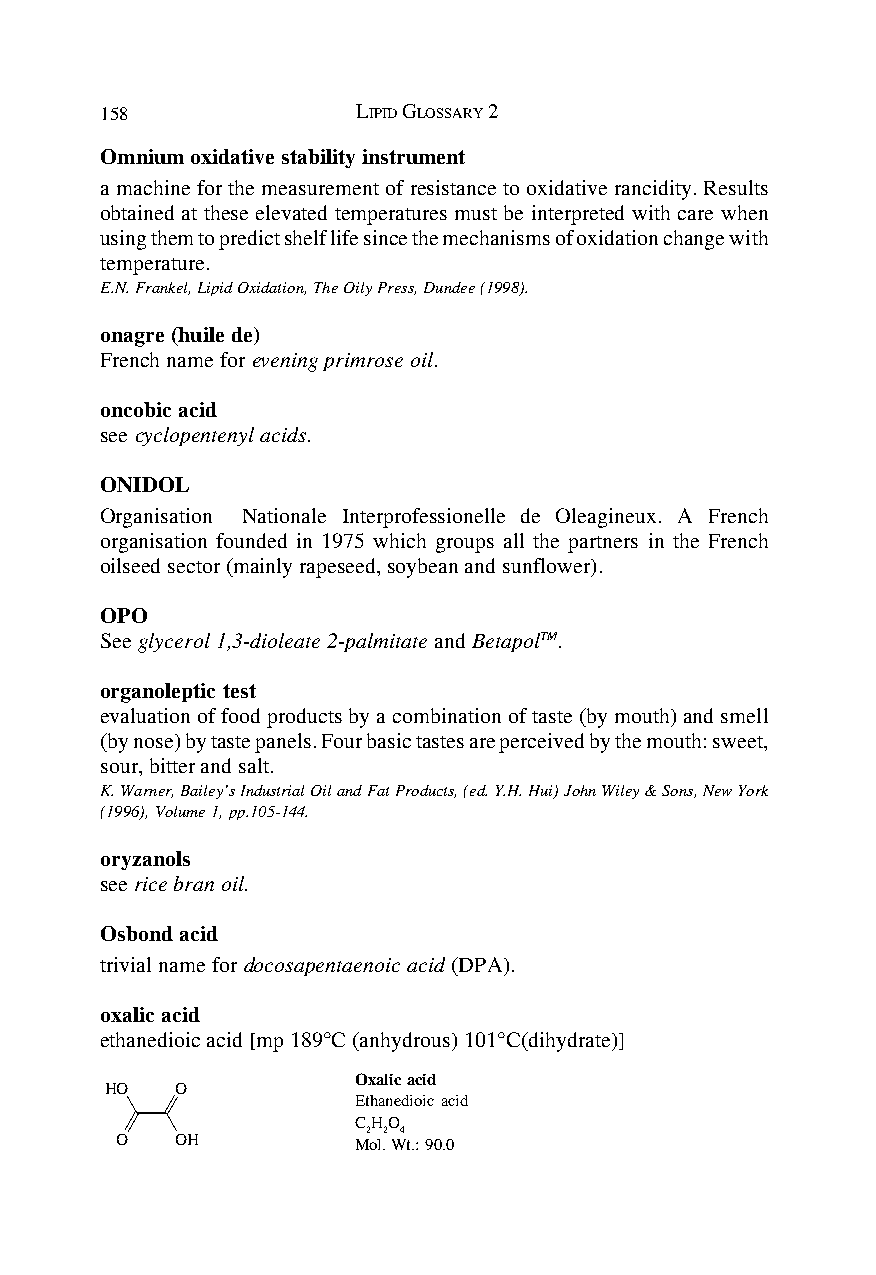
158              LIPID GLOSSARY 2
 Omnium oxidative stability instrument
 a machine for the measurement of resistance to oxidative rancidity. Results
 obtained at these elevated temperatures must be interpreted with care when
 using them to predict shelf life since the mechanisms of oxidation change with
 temperature.
 E.N. Frankel, Lipid Oxidation, The Oily Press, Dundee (1998).
 onagre (huile de)
 French name for evening primrose oil.
 oncobic acid
 see cyclopentenyl acids.
 ONIDOL
 Organisation Nationale Interprofessionelle de Oleagineux. A French
 organisation founded in 1975 which groups all the partners in the French
 oilseed sector (mainly rapeseed, soybean and sunflower).
 OPO
 See glycerol 1,3-dioleate 2-palmitate and BetapolTM.
 organoleptic test
 evaluation of food products by a combination of taste (by mouth) and smell
 (by nose) by taste panels. Four basic tastes are perceived by the mouth: sweet,
 sour, bitter and salt.
 K. Warner, Bailey’s Industrial Oil and Fat Products, (ed. Y.H. Hui) John Wiley & Sons, New York
 (1996), Volume 1, pp.105-144.
 oryzanols
 see rice bran oil.
 Osbond acid
 trivial name for docosapentaenoic acid (DPA).
 oxalic acid
 ethanedioic acid [mp 189°C (anhydrous) 101°C(dihydrate)]
 Oxalic acid
 HO   O
 Ethanedioic acid
 CHO
 2 2 4
 O   OH         Mol. Wt.: 90.0